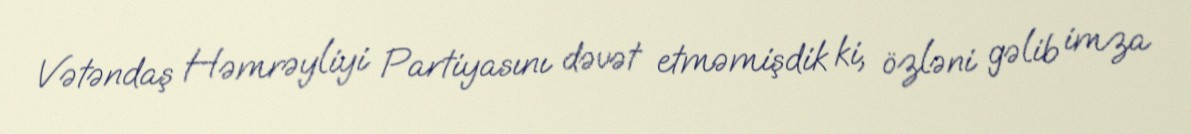
Vətəndaş Həmrəyliyi Partiyasını dəvət etməmişdik ki, özləni gəlib imza